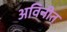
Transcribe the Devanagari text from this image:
अविनीत